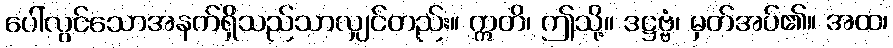
ပေါ်လွင်သောအနက်ရှိသည်သာလျှင်တည်း။ ဣတိ၊ ဤသို့။ ဒဋ္ဌဗ္ဗံ၊ မှတ်အပ်၏။ အထ၊